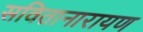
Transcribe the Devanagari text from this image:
सवितानारायण